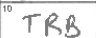
Transcription: TRB